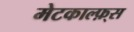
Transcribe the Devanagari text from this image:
मेटकाल्फ़्स